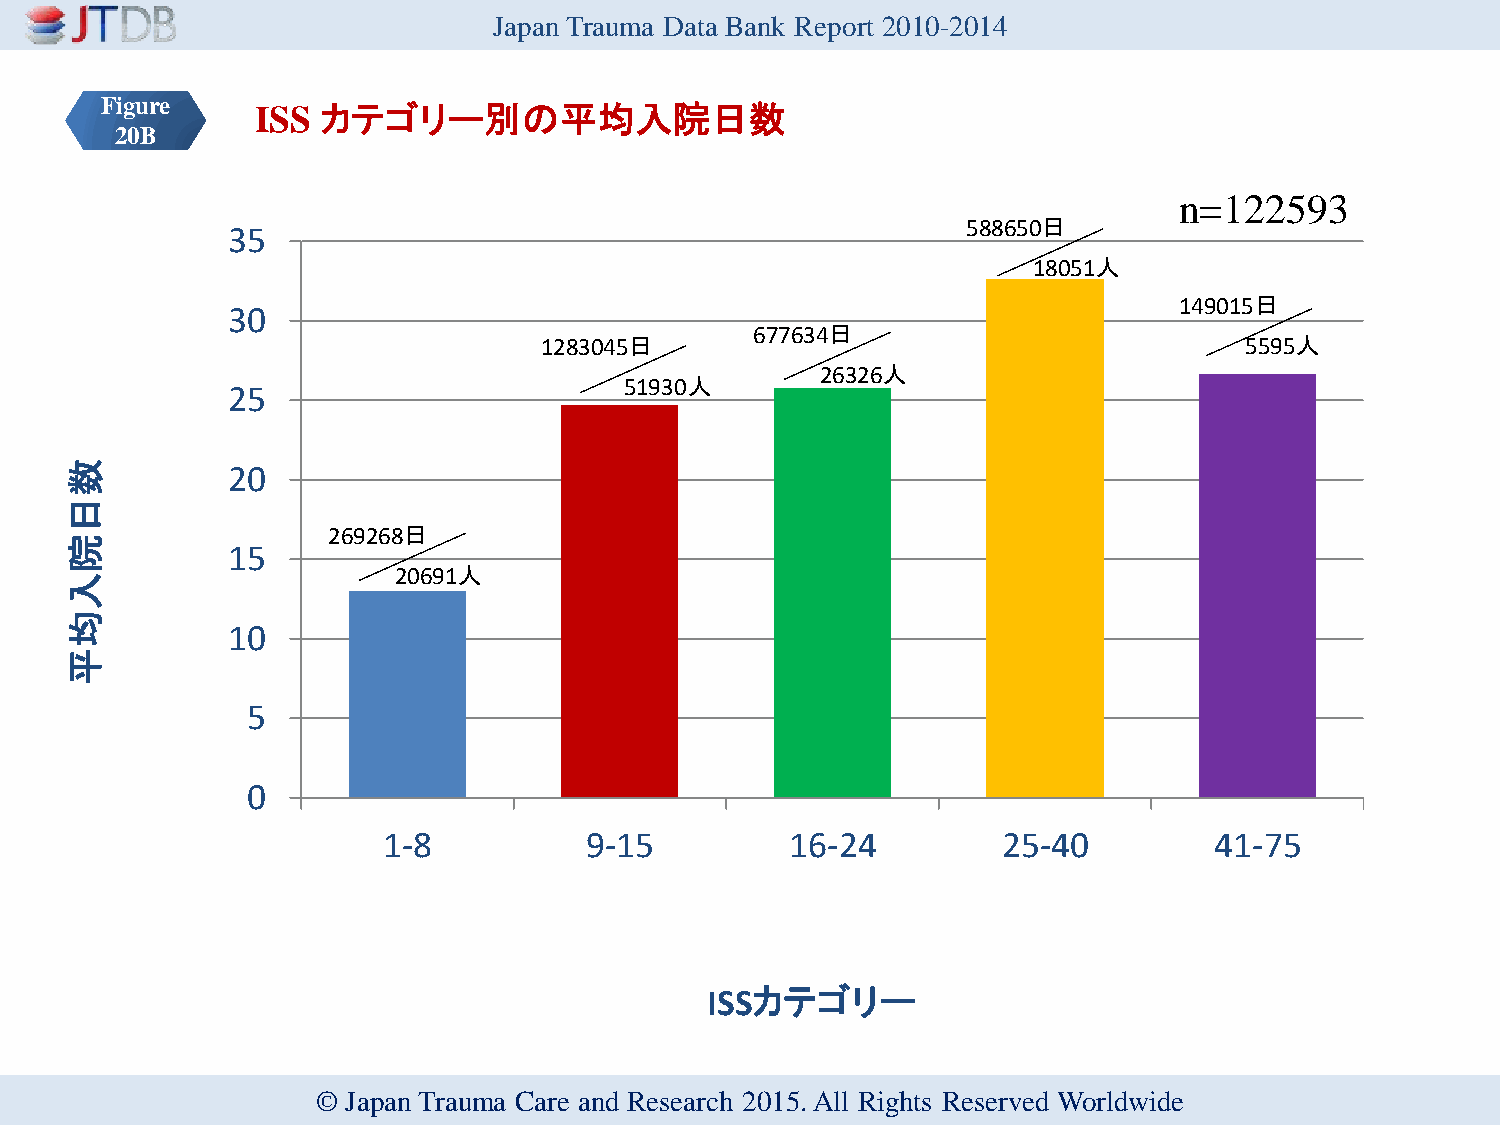
Japan Trauma Data Bank Report 2010-2014
 Figure    ISS カテゴリー別の平均入院日数
 20B
 n=122593
 588650日
 35
 18051人
 149015日
 30
 677634日
 1283045日                                      5595人
 26326人
 51930人
 25
 数          20
 日
 269268日
 院
 15
 20691人
 入
 均
 10
 平
 5
 0
 1-8           9-15         16-24         25-40         41-75
 ISSカテゴリー
 © Japan Trauma Care and Research 2015. All Rights Reserved Worldwide